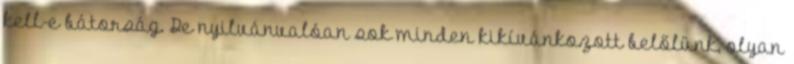
kell-e bátorság. De nyilvánvalóan sok minden kikívánkozott belőlünk, olyan